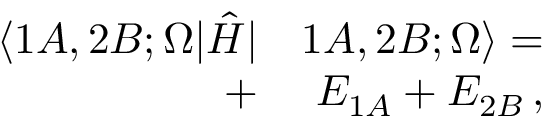
\begin{array} { r l } { \langle 1 A , 2 B ; \Omega | \hat { H } | } & { { } 1 A , 2 B ; \Omega \rangle = } \\ { + } & { { } \, \, E _ { 1 A } + E _ { 2 B } \, , } \end{array}